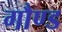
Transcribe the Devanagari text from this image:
गौण्ड